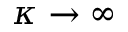
\kappa \rightarrow \infty